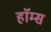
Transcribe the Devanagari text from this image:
हाॅम्स